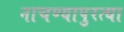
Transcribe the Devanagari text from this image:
नाचण्यापुरत्या